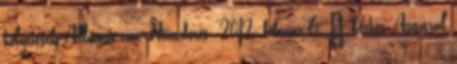
helyezések, Allmusic.com. Hozzáférés: 2012. február 6. ↑ Usher, Ausztrál